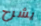
يشرح